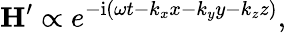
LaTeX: \mathbf{H}^{\prime}\propto e^{-\mathrm{i}(\omega t-k_{x}x-k_{y}y-k_{z}z)},